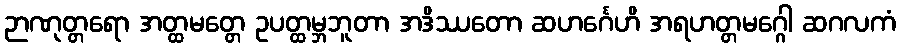
ဉာဏုတ္တရော အတ္ထမတ္တေ ဥပတ္ထမ္ဘဘူတာ အဒိဿတော ဆဟင်္ဂေဟိ အရဟတ္တမဂ္ဂေါ ဆဂလကံ